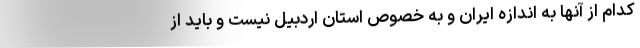
کدام از آنها به اندازه ایران و به خصوص استان اردبیل نیست و باید از